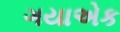
ગયાએક